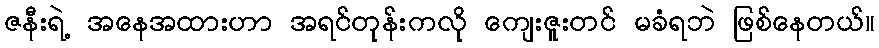
ဇနီးရဲ့ အနေအထားဟာ အရင်တုန်းကလို ကျေးဇူးတင် မခံရဘဲ ဖြစ်နေတယ်။